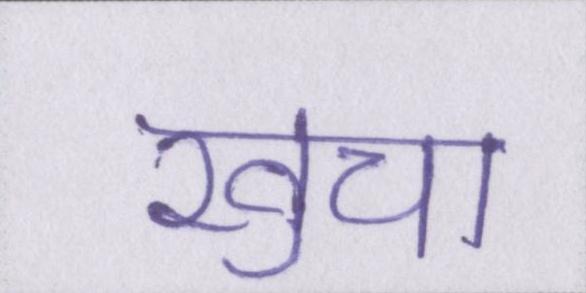
खुचा